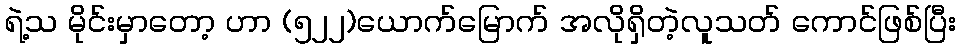
ရဲ့သ မိုင်းမှာတော့ ဟာ (၅၂၂)ယောက်မြောက် အလိုရှိတဲ့လူသတ် ကောင်ဖြစ်ပြီး